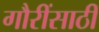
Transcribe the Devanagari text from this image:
गौरींसाठी